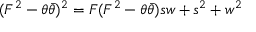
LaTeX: ( F ^ { 2 } - \theta \bar { \theta } ) ^ { 2 } = F ( F ^ { 2 } - \theta \bar { \theta } ) s w + s ^ { 2 } + w ^ { 2 }